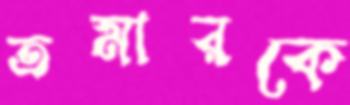
তমারকে